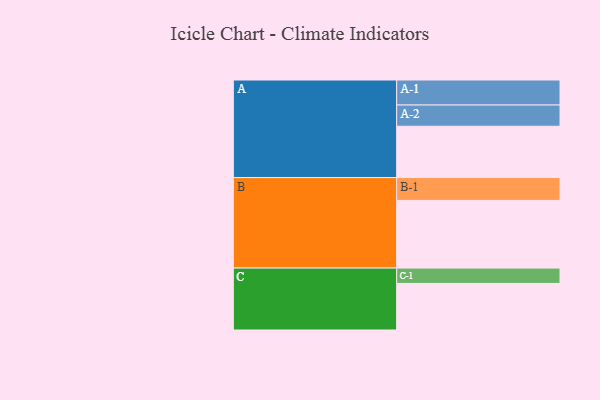
{"axis": {"x": "Segment", "y": "Value"}, "legend": ["", "A", "B", "C"], "data": [{"x": "A", "y": 357, "type": ""}, {"x": "B", "y": 471, "type": ""}, {"x": "C", "y": 324, "type": ""}, {"x": "A-1", "y": 174, "type": "A"}, {"x": "A-2", "y": 148, "type": "A"}, {"x": "B-1", "y": 159, "type": "B"}, {"x": "C-1", "y": 107, "type": "C"}]}